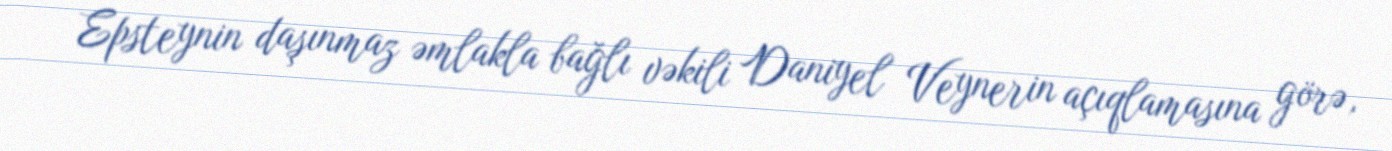
Epsteynin daşınmaz əmlakla bağlı vəkili Daniyel Veynerin açıqlamasına görə,